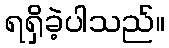
ရရှိခဲ့ပါသည်။